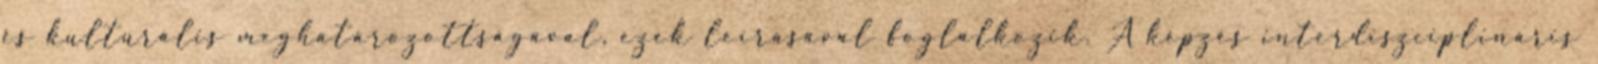
és kulturális meghatározottságával, ezek leírásával foglalkozik. A képzés interdiszciplináris